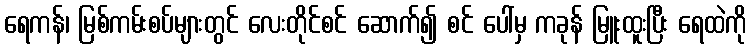
ရေကန်၊ မြစ်ကမ်းစပ်များတွင် လေးတိုင်စင် ဆောက်၍ စင် ပေါ်မှ ကခုန် မြူးထူးပြီး ရေထဲကို